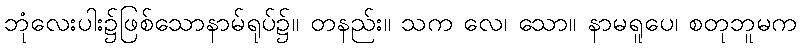
ဘုံလေးပါး၌ဖြစ်သောနာမ်ရုပ်၌။ တနည်း။ သက လေ၊ သော။ နာမရူပေ၊ စတုဘူမက